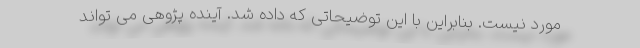
مورد نیست. بنابراین با این توضیحاتی که داده شد. آینده پژوهی می تواند